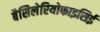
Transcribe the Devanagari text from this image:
बैसिलेरियोफाइसिई